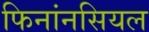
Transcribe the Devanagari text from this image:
फिनांनसियल